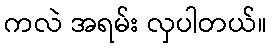
ကလဲ အရမ်း လှပါတယ်။